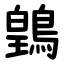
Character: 䳨